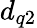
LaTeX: d_{q2}